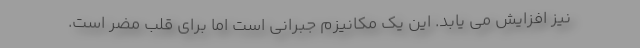
نیز افزایش می یابد. این یک مکانیزم جبرانی است اما برای قلب مضر است.